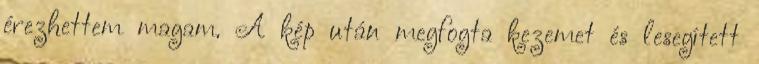
érezhettem magam. A kép után megfogta kezemet és lesegített